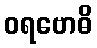
ဝရဗောဓိ